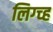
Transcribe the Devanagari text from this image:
लिग्च्ह